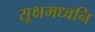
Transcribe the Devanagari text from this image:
सूक्षमध्वनि